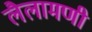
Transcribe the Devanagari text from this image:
लैलामणी